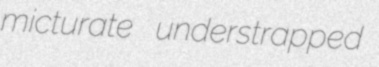
micturate understrapped